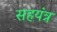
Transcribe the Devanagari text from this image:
सहयंत्र